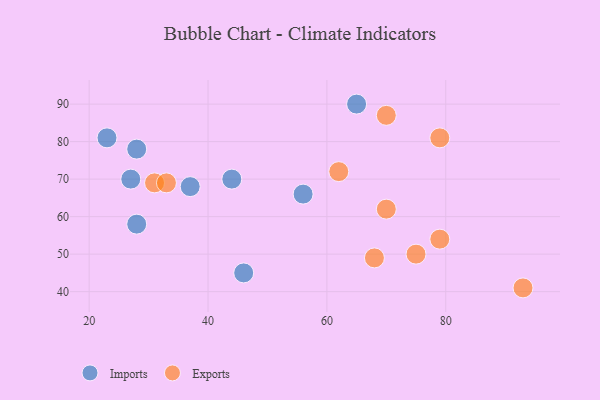
{"axis": {"x": "GDP", "y": "Life Expectancy"}, "legend": ["Exports", "Imports"], "data": [{"x": "28", "y": 58, "type": "Imports"}, {"x": "37", "y": 68, "type": "Imports"}, {"x": "65", "y": 90, "type": "Imports"}, {"x": "27", "y": 70, "type": "Imports"}, {"x": "28", "y": 78, "type": "Imports"}, {"x": "56", "y": 66, "type": "Imports"}, {"x": "46", "y": 45, "type": "Imports"}, {"x": "23", "y": 81, "type": "Imports"}, {"x": "44", "y": 70, "type": "Imports"}, {"x": "70", "y": 62, "type": "Exports"}, {"x": "93", "y": 41, "type": "Exports"}, {"x": "62", "y": 72, "type": "Exports"}, {"x": "79", "y": 54, "type": "Exports"}, {"x": "79", "y": 81, "type": "Exports"}, {"x": "75", "y": 50, "type": "Exports"}, {"x": "70", "y": 87, "type": "Exports"}, {"x": "31", "y": 69, "type": "Exports"}, {"x": "68", "y": 49, "type": "Exports"}, {"x": "33", "y": 69, "type": "Exports"}]}